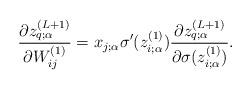
LaTeX: \begin{align*}\frac{\partial z_{q;\alpha}^{(L+1)}}{\partial W_{ij}^{(1)}} = x_{j;\alpha}\sigma'(z_{i;\alpha}^{(1)})\frac{\partial z_{q;\alpha}^{(L+1)}}{\partial \sigma(z_{i;\alpha}^{(1)})}.\end{align*}